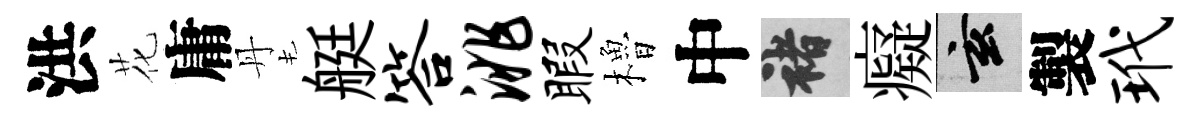
洪花庸丹艇答洮暇櫓中褚癡玄製玳